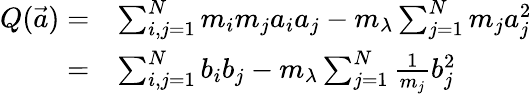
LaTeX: \begin{array}{rl}{Q(\vec{a})=}&{\sum_{i,j=1}^{N}m_{i}m_{j}a_{i}a_{j}-m_{\lambda}\sum_{j=1}^{N}m_{j}a_{j}^{2}}\\ {=}&{\sum_{i,j=1}^{N}b_{i}b_{j}-m_{\lambda}\sum_{j=1}^{N}\frac{1}{m_{j}}b_{j}^{2}}\end{array}